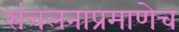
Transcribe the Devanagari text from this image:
संचलनाप्रमाणेच